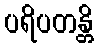
ပရိပတန္တိ